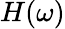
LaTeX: H(\omega)